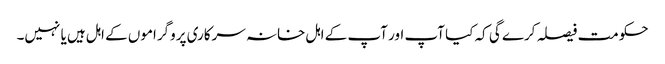
حکومت فیصلہ کرے گی کہ کیا آپ اور آپ کے اہل خانہ سرکاری پروگراموں کے اہل ہیں یا نہیں۔